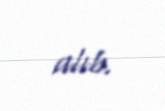
alıb.